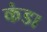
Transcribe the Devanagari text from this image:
कंडा